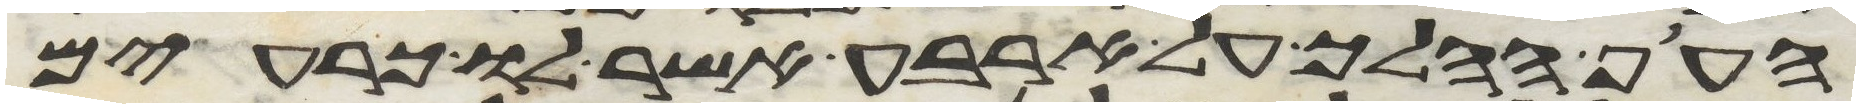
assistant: העוף ההלך על ארבע אשר לו כרעים